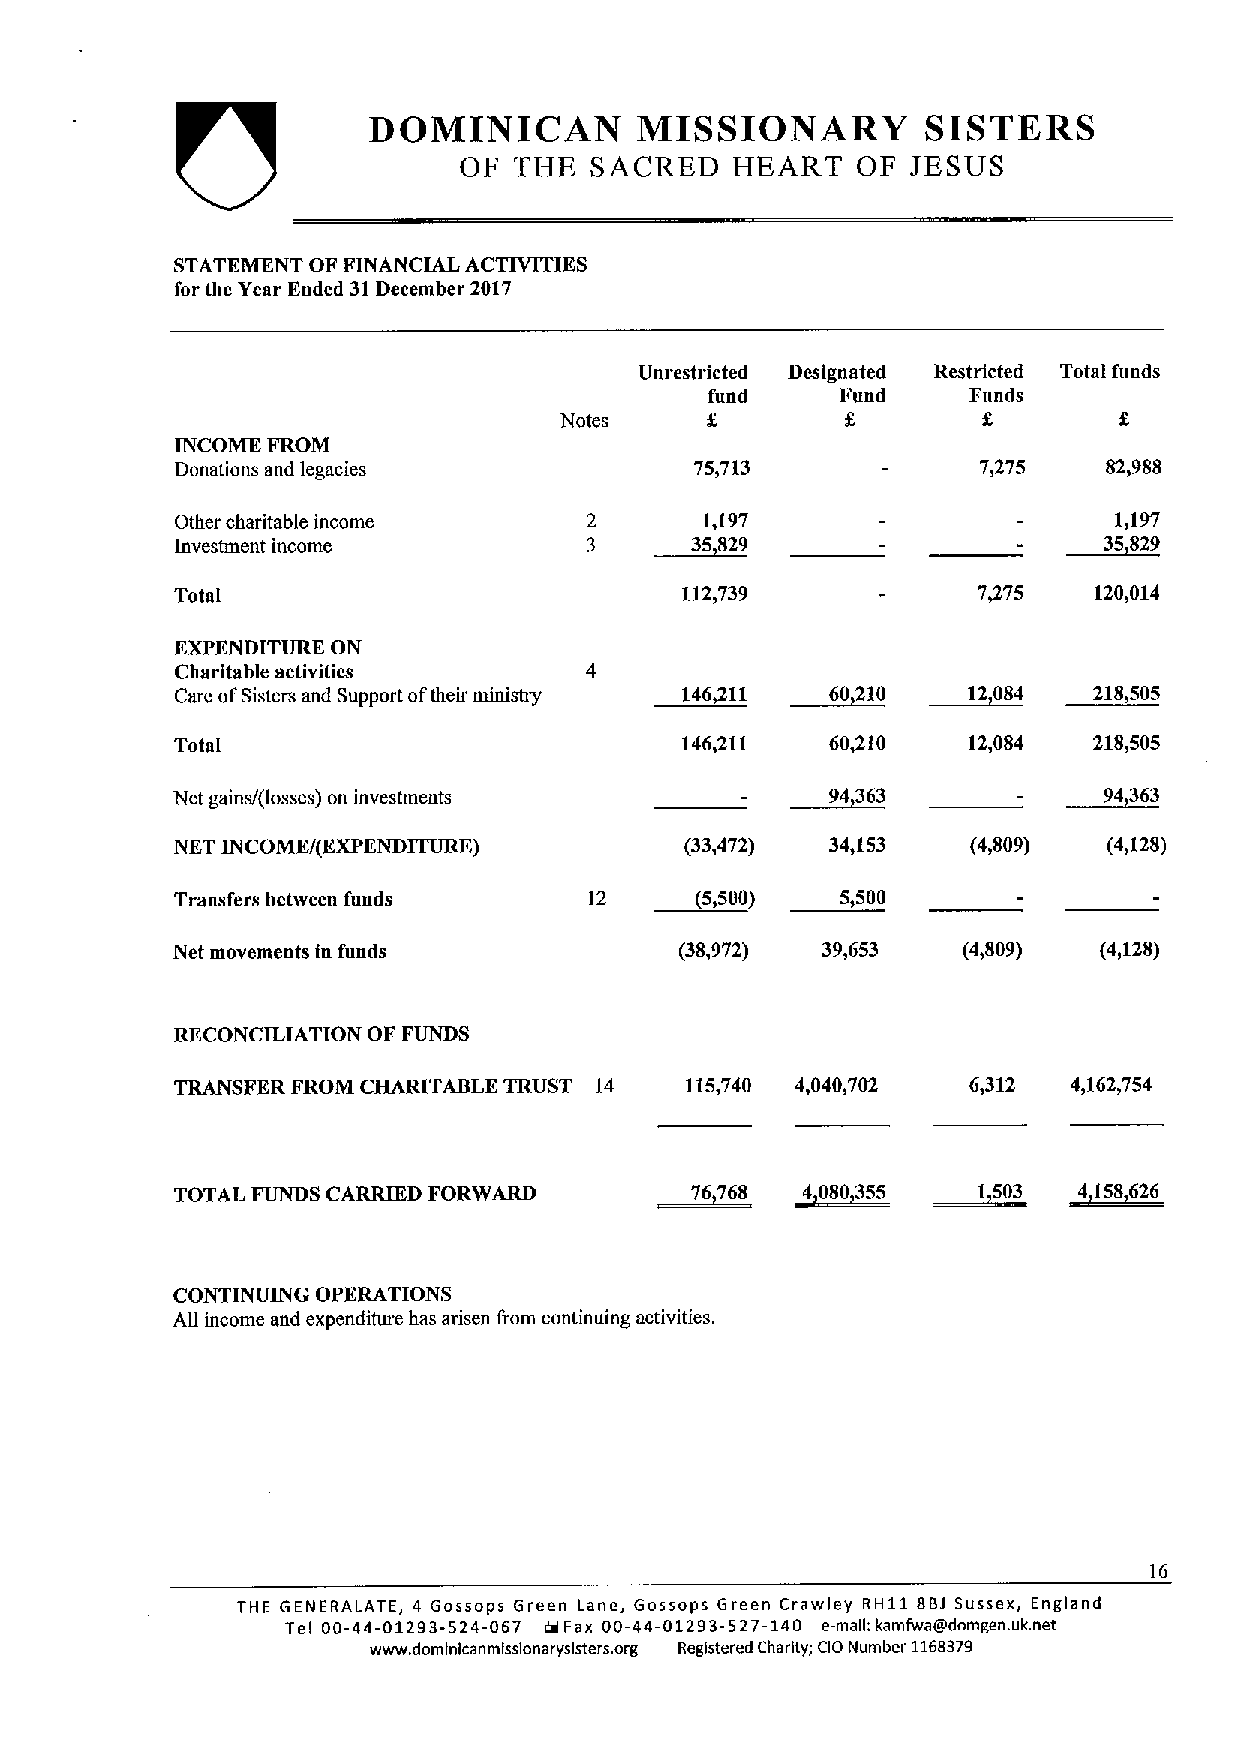
DOMINICAN         MISSIONARY         SISTERS
 OF  THE  SACRED    HEART   OF JESUS
 STATEMENT OF FINANCIAL ACTIVITIES
 for the Year Ended 31December 2017
 Unrestricted Designated Restricted Total funds
 fund     Fund    Funds
 Notes
 INCOME FROM
 Donations and legacies            75,713             7,275   82,988
 Other charitable income           1,197                       1,197
 ~35                         ~35
 Investment income                   829                        829
 Total                            112,739             7475   120,014
 EXPENDITURE ON
 Charitable activities
 ~60      ~12
 Care ofSisters and Support oftheir ministry ~146 11 210 084 218,505
 Total                            146/11    60,210   12,084  218,505
 ~94                ~94
 Net gains/(losses) on investments             363               363
 NET INCOME/(EXPENDITURE)         (33,472)  34,153   (4,809)  (4,128)
 Transfers between funds    12     (5)500)   5,500
 Net movements in funds            (38,972) 39,653    (4)809)  (4&128)
 RECONCILIATION OF FUNDS
 TRANSFER FROM CHARITABLE TRUST 14 115,740 4,040,702 6&312  4,162,754
 ~76                ~1503
 TOTAL FUNDS CARRIED FORWARD        768   ~4080355          ~4158626
 CONTINUING OPERATIONS
 All income and expenditure has arisen trom continuing activities.
 16
 THE 6ENERALATE, 4 Gossops Green Lane, Gossops Green Crawley RH11 BBJ Sussex, England
 Tel 00-44-01293-524-067 6JFax 00-44-01293-527-140 e-mag: kamfwaludcmgan. uk.net
 www.domlnlcanmlsslonaryslsters. erg Registered Charity; CIO Number 116S379